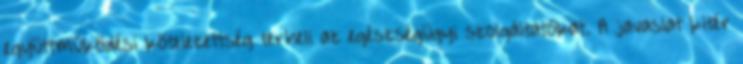
együttműködési kötelezettség terheli az egészségügyi szolgáltatókat. A javaslat kitér